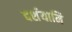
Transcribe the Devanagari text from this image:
दर्शयामि